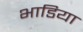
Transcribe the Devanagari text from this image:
भाडिया